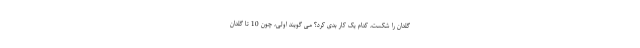
گلدان را شکست، کدام یک کار بدی کرد؟ می گویند اولی، چون 10 تا گلدان